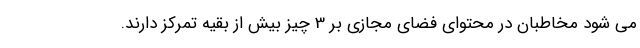
می شود مخاطبان در محتوای فضای مجازی بر 3 چیز بیش از بقیه تمرکز دارند.